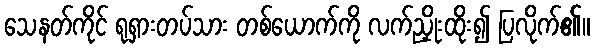
သေနတ်ကိုင် ရုရှားတပ်သား တစ်ယောက်ကို လက်ညှိုးထိုး၍ ပြလိုက်၏။